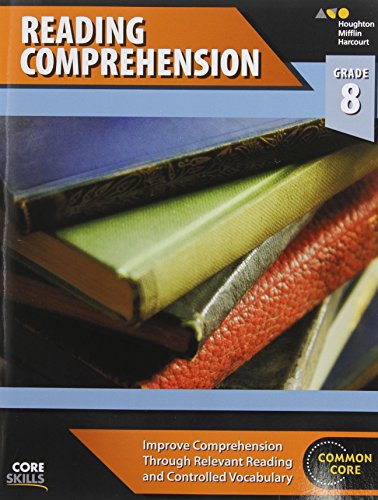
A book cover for Steck-Vaughn Core Skills Reading Comprehension: Workbook Grade 8; STECK-VAUGHN; Sports & Outdoors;